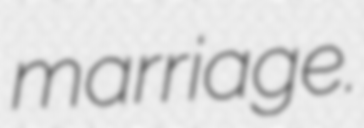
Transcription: marriage.